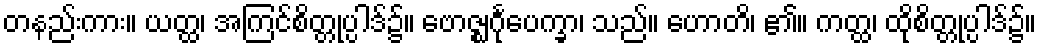
တနည်းကား။ ယတ္ထ၊ အကြင်စိတ္တုပ္ပါဒ်၌။ ဗောဇ္ဈင်္ဂုပေက္ခာ၊ သည်။ ဟောတိ၊ ၏။ ကတ္ထ၊ ထိုစိတ္တုပ္ပါဒ်၌။